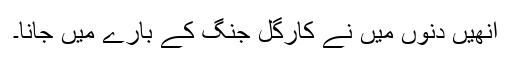
انھیں دنوں میں نے کارگل جنگ کے بارے میں جانا۔